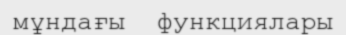
мұндағы  функциялары